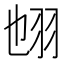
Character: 𦐁